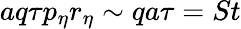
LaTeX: aq\tau p_{\eta}r_{\eta}\sim qa\tau=St